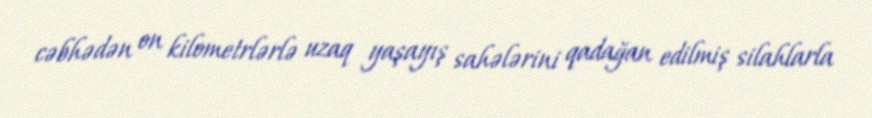
cəbhədən on kilometrlərlə uzaq yaşayış sahələrini qadağan edilmiş silahlarla